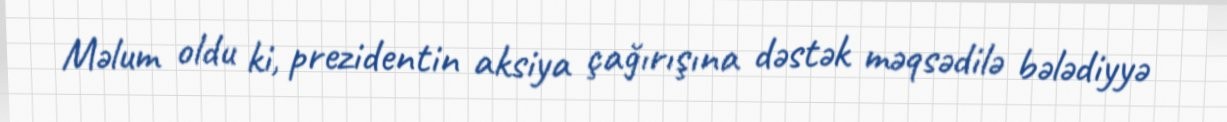
Məlum oldu ki, prezidentin aksiya çağırışına dəstək məqsədilə bələdiyyə